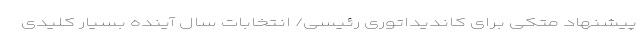
پیشنهاد متکی برای کاندیداتوری رئیسی/ انتخابات سال آینده بسیار کلیدی